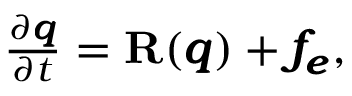
\begin{array} { r } { \frac { \partial \pmb q } { \partial t } = \mathbf { R } ( \pmb q ) + \pmb { f _ { e } } , } \end{array}